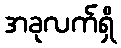
အခုလက်ရှိ